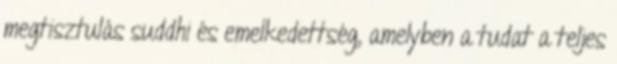
megtisztulás suddhi és emelkedettség, amelyben a tudat a teljes